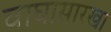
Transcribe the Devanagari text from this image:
वाघासारखा